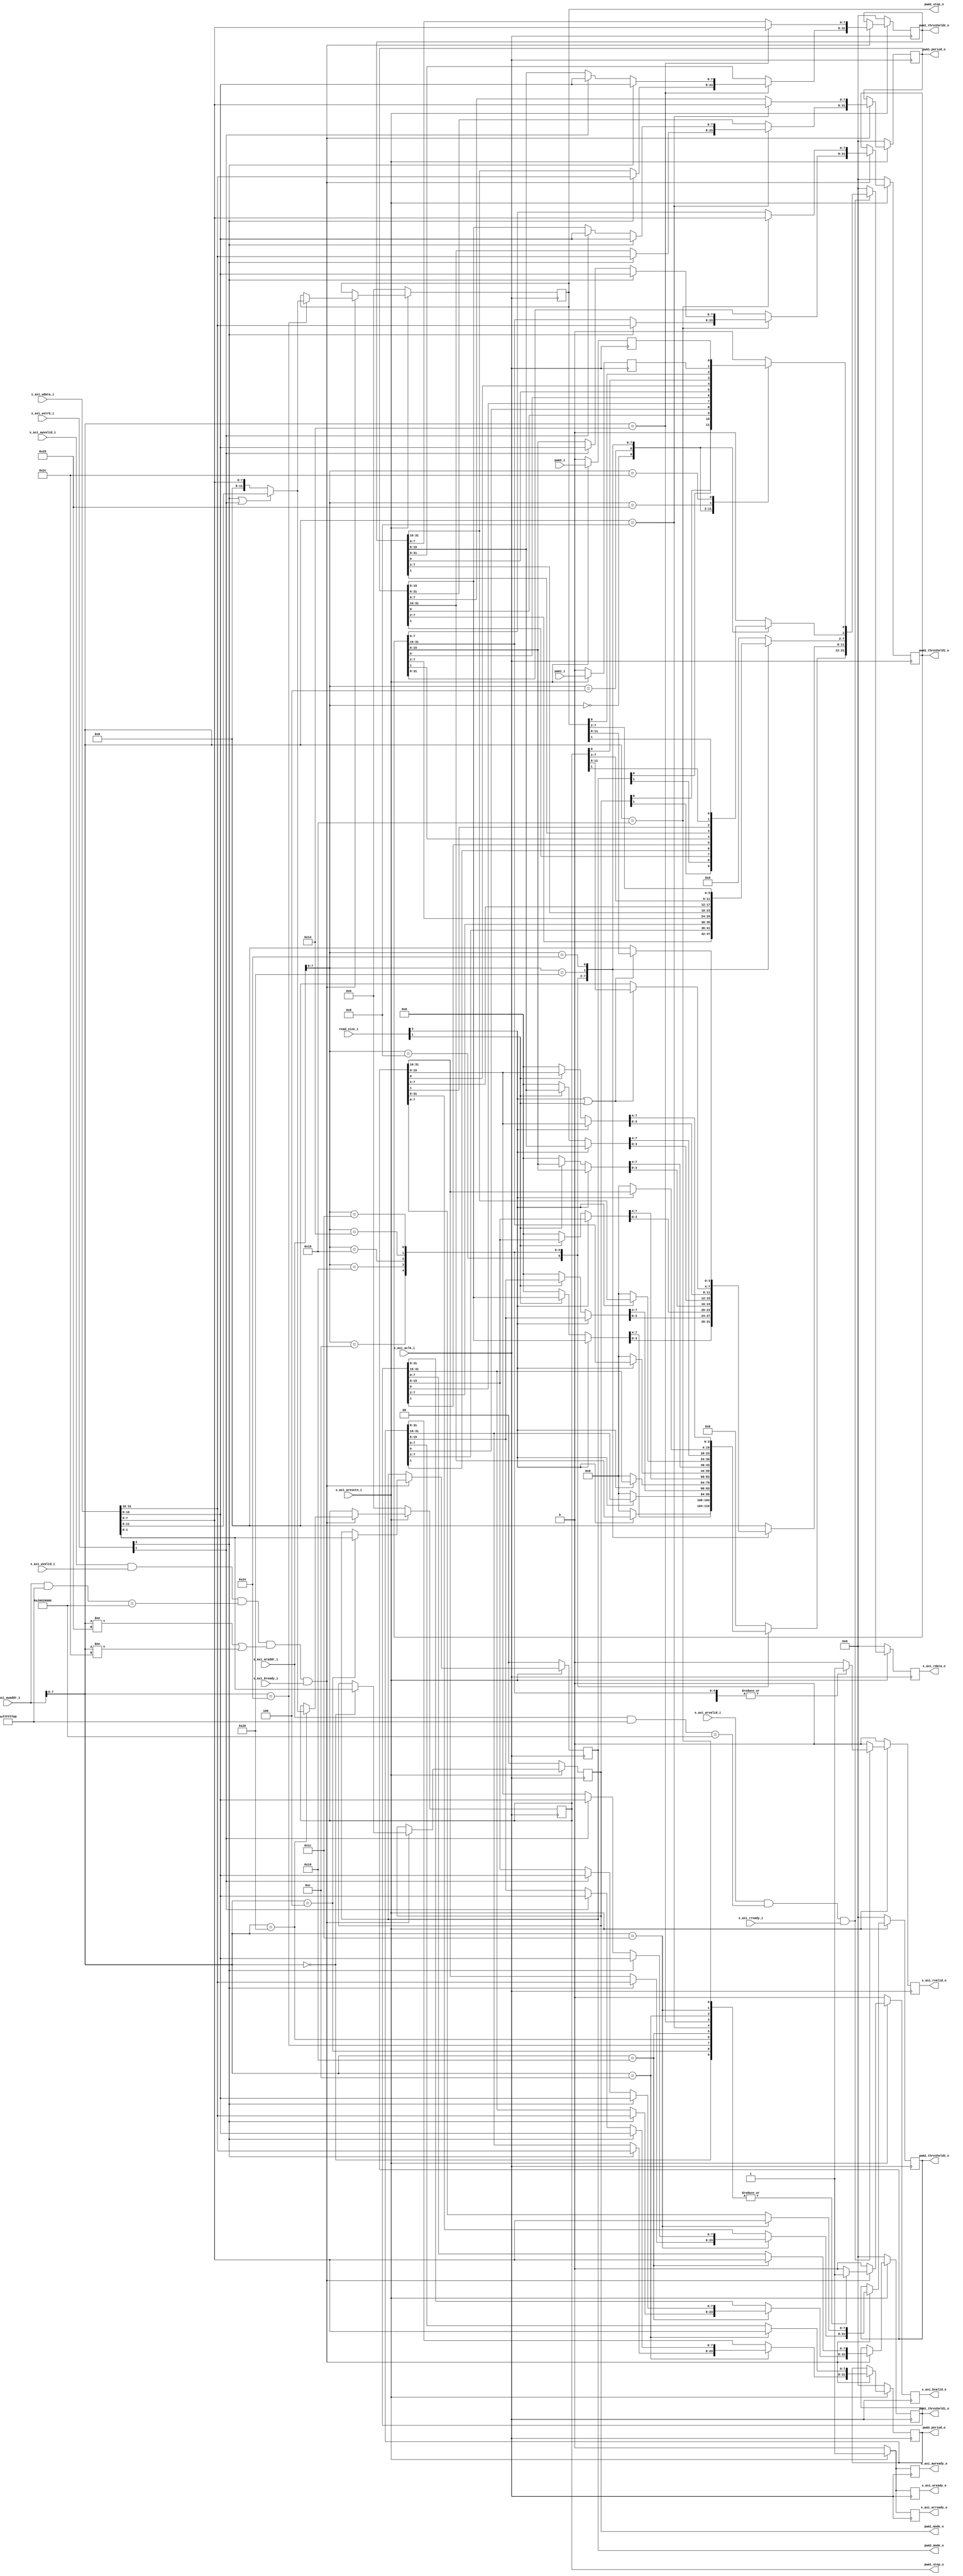
`timescale 1ns / 1ps

module axi_interface_pwm(
   input              s_axi_aclk_i, 
   input              s_axi_aresetn_i,
   
   //         READ SIGNALS 
   // ar -> address read (address in)
   // r  -> read (data out)
   input   [31:0]     s_axi_araddr_i,  
   output             s_axi_arready_o,  
   input              s_axi_arvalid_i, 
   
   input              s_axi_rready_i,
   output             s_axi_rvalid_o,
   output  [31:0]     s_axi_rdata_o, 
   
   //         WRITE SIGNALS
   // aw -> address write (address in)
   // w  -> write (data in)
   // b  -> response 
   
   input   [31:0]     s_axi_awaddr_i,
   output             s_axi_awready_o,
   input              s_axi_awvalid_i,
   input   [31:0]     s_axi_wdata_i,
   output             s_axi_wready_o,
   input   [3:0]      s_axi_wstrb_i,
   input              s_axi_wvalid_i,
   
   input              s_axi_bready_i,
   output             s_axi_bvalid_o,
   input   [3:0]      read_size_i,
   
   // PWM
   output  [1:0]      pwm1_mode_o, 
   output  [31:0]     pwm1_period_o,
   output  [31:0]     pwm1_threshold1_o, 
   output  [31:0]     pwm1_threshold2_o,
   output  [11:0]     pwm1_step_o,
   input              pwm1_i,
       
   output  [1:0]      pwm2_mode_o, 
   output  [31:0]     pwm2_period_o,
   output  [31:0]     pwm2_threshold1_o, 
   output  [31:0]     pwm2_threshold2_o,
   output  [11:0]     pwm2_step_o,
   input              pwm2_i

   );
    
   // OUTPUTS
   reg s_axi_arready_o_r      ;
   reg s_axi_rvalid_o_r       ;
   reg [31:0] s_axi_rdata_o_r ;
   reg s_axi_awready_o_r      ;
   reg s_axi_wready_o_r       ;
   reg s_axi_bvalid_o_r       ;
   
   assign s_axi_arready_o = s_axi_arready_o_r;
   assign s_axi_rvalid_o  = s_axi_rvalid_o_r;
   assign s_axi_rdata_o   = s_axi_rdata_o_r;
   assign s_axi_awready_o = s_axi_awready_o_r;
   assign s_axi_wready_o  = s_axi_wready_o_r;
   assign s_axi_bvalid_o  = s_axi_bvalid_o_r;

   // ADDRESS
   parameter [31:0] PWM_BASE_ADDR = 32'h2002_0000;
   parameter [31:0] PWM_MASK_ADDR = 32'h0000_00ff;
   
   // REGISTERS
   reg [1:0]     pwm_control_1        ; 
   reg [31:0]    pwm_period_1         ;
   reg [31:0]    pwm_threshold_1_1    ;
   reg [31:0]    pwm_threshold_1_2    ;
   reg [11:0]    pwm_step_1           ;
   reg           pwm_output_1         ;
   
   reg [1:0]     pwm_control_2        ; 
   reg [31:0]    pwm_period_2         ;
   reg [31:0]    pwm_threshold_2_1    ;
   reg [31:0]    pwm_threshold_2_2    ;
   reg [11:0]    pwm_step_2           ;
   reg           pwm_output_2         ;
   
   // STATES
   localparam state_pwm_control_1      = 8'b0000_0000;
   localparam state_pwm_control_2      = 8'b0000_0100;
   localparam state_pwm_period_1       = 8'b0000_1000;
   localparam state_pwm_period_2       = 8'b0000_1100;   
   localparam state_pwm_threshold_1_1  = 8'b0001_0000;
   localparam state_pwm_threshold_1_2  = 8'b0001_0100;
   
   localparam state_pwm_threshold_2_1  = 8'b0001_1000;
   localparam state_pwm_threshold_2_2  = 8'b0001_1100;   
   localparam state_pwm_step_1         = 8'b0010_0000;
   localparam state_pwm_step_2         = 8'b0010_0100;
   localparam state_pwm_output_1       = 8'b0010_1000;
   localparam state_pwm_output_2       = 8'b0010_1100;

   // Next signals
   reg [1:0]  pwm_control_1_next      ;
   reg [31:0] pwm_period_1_next       ;
   reg [31:0] pwm_threshold_1_1_next  ;
   reg [31:0] pwm_threshold_1_2_next  ;
   reg [11:0] pwm_step_1_next         ;
   reg        pwm_output_1_next       ;
      
   reg [1:0]  pwm_control_2_next      ;
   reg [31:0] pwm_period_2_next       ;
   reg [31:0] pwm_threshold_2_1_next  ;
   reg [31:0] pwm_threshold_2_2_next  ;
   reg [11:0] pwm_step_2_next         ;
   reg        pwm_output_2_next       ;
   
   
   // Outputs
   assign pwm1_mode_o       = pwm_control_1     ;
   assign pwm1_period_o     = pwm_period_1      ;    
   assign pwm1_threshold1_o = pwm_threshold_1_1 ;
   assign pwm1_threshold2_o = pwm_threshold_1_2 ;
   assign pwm1_step_o       = pwm_step_1        ;  
    
   assign pwm2_mode_o       = pwm_control_2     ;
   assign pwm2_period_o     = pwm_period_2      ;    
   assign pwm2_threshold1_o = pwm_threshold_2_1 ;
   assign pwm2_threshold2_o = pwm_threshold_2_2 ;
   assign pwm2_step_o       = pwm_step_2        ;           
           
   reg s_axi_arready_o_next       ;
   reg [31:0] s_axi_rdata_o_next  ;
   reg s_axi_awready_o_next       ;
   reg s_axi_wready_o_next        ;
   reg s_axi_bvalid_o_next        ;
   reg s_axi_rvalid_o_next        ;
    
   wire [7:0]   reg_addres_r;
   assign reg_addres_r = s_axi_araddr_i[7:0];
   
   wire [7:0]   reg_addres_w;
   assign reg_addres_w = s_axi_awaddr_i[7:0];
   
   // AXI HANDHSHAKE
   wire write_en;
   assign write_en = ((reg_addres_w!= state_pwm_output_1)||(reg_addres_w!= state_pwm_output_2) ); 
   wire r_adress_check;
   wire w_adress_check;
   assign r_adress_check = s_axi_arvalid_i & ((s_axi_araddr_i & ~PWM_MASK_ADDR) == PWM_BASE_ADDR); 
   assign w_adress_check = s_axi_awvalid_i &   s_axi_wvalid_i &  ((s_axi_awaddr_i & ~PWM_MASK_ADDR) == PWM_BASE_ADDR) & write_en;
    
   wire read_word;
   wire read_half;
   wire read_byte;
   
   assign read_word = read_size_i[3];
   assign read_half = read_size_i[1];
   assign read_byte = read_size_i[0];
   
   wire write_word;
   wire write_half;
   wire write_byte;
   
   assign write_word = s_axi_wstrb_i[3];
   assign write_half = s_axi_wstrb_i[1];
   assign write_byte = s_axi_wstrb_i[0];
    

   always @* begin
   
      s_axi_arready_o_next     = 1'b1;
      s_axi_rdata_o_next       = 32'd0;
      s_axi_awready_o_next     = 1'b1;
      s_axi_wready_o_next      = 1'b1;
      s_axi_bvalid_o_next      = 1'b0;
      s_axi_rvalid_o_next      = 1'b0;
      pwm_control_1_next       = pwm_control_1;
      pwm_period_1_next        = pwm_period_1;
      pwm_threshold_1_1_next   = pwm_threshold_1_1;
      pwm_threshold_1_2_next   = pwm_threshold_1_2;
      pwm_step_1_next          = pwm_step_1;
      pwm_output_1_next        = pwm1_i;
      
      pwm_control_2_next       = pwm_control_2;
      pwm_period_2_next        = pwm_period_2;
      pwm_threshold_2_1_next   = pwm_threshold_2_1;
      pwm_threshold_2_2_next   = pwm_threshold_2_2;
      pwm_step_2_next          = pwm_step_2;
      pwm_output_2_next        = pwm2_i;
      
      if(r_adress_check && s_axi_rready_i) begin

         case(reg_addres_r)
            state_pwm_control_1 : begin
               s_axi_rvalid_o_next     = 1'b1;
               s_axi_rdata_o_next[1:0] = pwm_control_1;
            end
   
            state_pwm_control_2 : begin
               s_axi_rvalid_o_next     = 1'b1;
               s_axi_rdata_o_next[1:0] = pwm_control_2;
            end
               
            state_pwm_period_1 : begin
               s_axi_rvalid_o_next    = 1'b1;
               s_axi_rdata_o_next[7:0] = pwm_period_1[7:0]; // read_byte kesin
                  
               if(read_word) begin
                  s_axi_rdata_o_next[31:8]    = pwm_period_1[31:8];
               end
               else if(read_half) begin
                  s_axi_rdata_o_next[15:8]    = pwm_period_1[15:8];
               end
            end
               
            state_pwm_period_2 : begin
               s_axi_rvalid_o_next    = 1'b1;
               s_axi_rdata_o_next[7:0] = pwm_period_2[7:0]; // read_byte kesin
               
               if(read_word) begin
                  s_axi_rdata_o_next[31:8]    = pwm_period_2[31:8];
               end
               else if(read_half) begin
                  s_axi_rdata_o_next[15:8]    = pwm_period_2[15:8];
               end
            end
               
            state_pwm_threshold_1_1 : begin
               s_axi_rvalid_o_next    = 1'b1;
               s_axi_rdata_o_next[7:0] = pwm_threshold_1_1[7:0]; // read_byte kesin
               
               if(read_word) begin
                  s_axi_rdata_o_next[31:8]    = pwm_threshold_1_1[31:8];
               end
               else if(read_half) begin
                  s_axi_rdata_o_next[15:8]    = pwm_threshold_1_1[15:8];
               end
            end
            
            state_pwm_threshold_2_1 : begin
               s_axi_rvalid_o_next    = 1'b1;
               s_axi_rdata_o_next[7:0] = pwm_threshold_2_1[7:0]; // read_byte kesin
               
               if(read_word) begin
                  s_axi_rdata_o_next[31:8]    = pwm_threshold_2_1[31:8];
               end
               else if(read_half) begin
                  s_axi_rdata_o_next[15:8]    = pwm_threshold_2_1[15:8];
               end
            end
               
            state_pwm_threshold_1_2 : begin
               s_axi_rvalid_o_next   = 1'b1;
               s_axi_rdata_o_next[7:0] = pwm_threshold_1_2[7:0]; // read_byte kesin
               
               if(read_word) begin
                  s_axi_rdata_o_next[31:8]    = pwm_threshold_1_2[31:8];
               end
               else if(read_half) begin
                  s_axi_rdata_o_next[15:8]    = pwm_threshold_1_2[15:8];
               end
            end
            
            state_pwm_threshold_2_2 : begin
               s_axi_rvalid_o_next   = 1'b1;
               s_axi_rdata_o_next[7:0] = pwm_threshold_2_2[7:0]; // read_byte kesin
               
               if(read_word) begin
                  s_axi_rdata_o_next[31:8]    = pwm_threshold_2_2[31:8];
               end
               else if(read_half) begin
                  s_axi_rdata_o_next[15:8]    = pwm_threshold_2_2[15:8];
               end
            end
            
            state_pwm_step_1 : begin
               s_axi_rvalid_o_next     = 1'b1;
               
               if(read_word || read_half) begin
                  s_axi_rdata_o_next[11:0] = pwm_step_1;
               end
               else begin // read_byte
                  s_axi_rdata_o_next[7:0] = pwm_step_1;
               end
            end
            
            state_pwm_step_2 : begin
               s_axi_rvalid_o_next     = 1'b1;
               
               if(read_word || read_half) begin
                  s_axi_rdata_o_next[11:0] = pwm_step_2;
               end
               else begin // read_byte
                  s_axi_rdata_o_next[7:0] = pwm_step_2;
               end
            end
            
            state_pwm_output_1 : begin
               s_axi_rvalid_o_next     = 1'b1;
               s_axi_rdata_o_next[0]     = pwm_output_1;
            end
            
            state_pwm_output_2 : begin
               s_axi_rvalid_o_next     = 1'b1;
               s_axi_rdata_o_next[0]     = pwm_output_2;
            end
            
            default : begin
               s_axi_rvalid_o_next = 1'b0;
            end

         endcase
      end
     
      if(w_adress_check && s_axi_bready_i)begin
         
         case(reg_addres_w)
            state_pwm_control_1 : begin
               s_axi_bvalid_o_next = 1'b1;
               pwm_control_1_next = s_axi_wdata_i[1:0];
            end
            
            state_pwm_control_2 : begin
               s_axi_bvalid_o_next = 1'b1;
               pwm_control_2_next = s_axi_wdata_i[1:0];
            end
              
            state_pwm_period_1 : begin
               s_axi_bvalid_o_next = 1'b1;
               pwm_period_1_next[7:0] = s_axi_wdata_i[7:0];
               if(write_word) begin
                  pwm_period_1_next[31:8]  = s_axi_wdata_i[31:8];
               end
               else if(write_half) begin
                  pwm_period_1_next[15:8]  = s_axi_wdata_i[15:8];
               end
            end
            
            state_pwm_period_2 : begin
               s_axi_bvalid_o_next = 1'b1;
               pwm_period_2_next[7:0] = s_axi_wdata_i[7:0];
               if(write_word) begin
                  pwm_period_2_next[31:8]  = s_axi_wdata_i[31:8];
               end
               else if(write_half) begin
                  pwm_period_2_next[15:8]  = s_axi_wdata_i[15:8];
               end
            end
                  
            state_pwm_threshold_1_1 : begin
               s_axi_bvalid_o_next = 1'b1;
               pwm_threshold_1_1_next[7:0] = s_axi_wdata_i[7:0];
               if(write_word) begin
                  pwm_threshold_1_1_next[31:8]  = s_axi_wdata_i[31:8];
               end
               else if(write_half) begin
                  pwm_threshold_1_1_next[15:8]  = s_axi_wdata_i[15:8];
               end
            end
            
            state_pwm_threshold_2_1 : begin
               s_axi_bvalid_o_next = 1'b1;
               pwm_threshold_2_1_next[7:0] = s_axi_wdata_i[7:0];
               if(write_word) begin
                  pwm_threshold_2_1_next[31:8]  = s_axi_wdata_i[31:8];
               end
               else if(write_half) begin
                  pwm_threshold_2_1_next[15:8]  = s_axi_wdata_i[15:8];
               end
            end
                
            state_pwm_threshold_1_2 : begin
               s_axi_bvalid_o_next = 1'b1;
               pwm_threshold_1_2_next[7:0] = s_axi_wdata_i[7:0];
               if(write_word) begin
                  pwm_threshold_1_2_next[31:8]  = s_axi_wdata_i[31:8];
               end
               else if(write_half) begin
                  pwm_threshold_1_2_next[15:8]  = s_axi_wdata_i[15:8];
               end
            end
                  
            state_pwm_threshold_2_2 : begin
               s_axi_bvalid_o_next = 1'b1;
               pwm_threshold_2_2_next[7:0] = s_axi_wdata_i[7:0];
               if(write_word) begin
                  pwm_threshold_2_2_next[31:8]  = s_axi_wdata_i[31:8];
               end
               else if(write_half) begin
                  pwm_threshold_2_2_next[15:8]  = s_axi_wdata_i[15:8];
               end
            end
            
            state_pwm_step_1 : begin
               s_axi_bvalid_o_next = 1'b1;
               if(write_word || write_half) begin
                  pwm_step_1_next = s_axi_wdata_i[11:0];
               end
               else begin // write_byte
                  pwm_step_1_next = s_axi_wdata_i[7:0];
               end
            end
            
            state_pwm_step_2 : begin
               s_axi_bvalid_o_next = 1'b1;
               if(write_word || write_half) begin
                  pwm_step_2_next = s_axi_wdata_i[11:0];
               end
               else begin // write_byte
                  pwm_step_2_next = s_axi_wdata_i[7:0];
               end     
            end
                     
            default : begin
               s_axi_bvalid_o_next = 1'b0;
            end

         endcase
      end
   end
   
   always @(posedge s_axi_aclk_i) begin
      if(!s_axi_aresetn_i)begin // s_axi_aresetn_i == 0 ise resetlenecek
         s_axi_arready_o_r   <= 1'b0;
         s_axi_rdata_o_r     <= 32'd0;
         s_axi_awready_o_r   <= 32'd0;
         s_axi_wready_o_r    <= 1'b0;
         s_axi_bvalid_o_r    <= 1'b0;
         s_axi_rvalid_o_r    <= 1'b0;

         pwm_control_1       <= 2'd0;
         pwm_period_1        <= 32'd0;
         pwm_threshold_1_1   <= 32'd0;
         pwm_threshold_1_2   <= 32'd0;
         pwm_step_1          <= 12'd0;
         pwm_output_1        <= 1'b0;
      end    

      else begin
         s_axi_arready_o_r   <= s_axi_arready_o_next;
         s_axi_rdata_o_r     <= s_axi_rdata_o_next;
         s_axi_awready_o_r   <= s_axi_awready_o_next;
         s_axi_wready_o_r    <= s_axi_wready_o_next;
         s_axi_rvalid_o_r    <= s_axi_rvalid_o_next;
         s_axi_bvalid_o_r    <= s_axi_bvalid_o_next;
         pwm_control_1       <= pwm_control_1_next;
         pwm_period_1        <= pwm_period_1_next;
         pwm_threshold_1_1   <= pwm_threshold_1_1_next;
         pwm_threshold_1_2   <= pwm_threshold_1_2_next;
         pwm_step_1          <= pwm_step_1_next;
         pwm_output_1        <= pwm_output_1_next;
               
      end
   end

   // PWM 2 ICIN
   always @(posedge s_axi_aclk_i) begin // s_axi_aresetn_i == 0 ise resetlenecek
      if(!s_axi_aresetn_i)begin              
         pwm_control_2        <= 2'd0;
         pwm_period_2         <= 32'd0;
         pwm_threshold_2_1    <= 32'd0;
         pwm_threshold_2_2    <= 32'd0;
         pwm_step_2           <= 12'd0;
         pwm_output_2         <= 1'b0;
      end    
      else begin
         pwm_control_2        <= pwm_control_2_next;
         pwm_period_2         <= pwm_period_2_next;
         pwm_threshold_2_1    <= pwm_threshold_2_1_next;
         pwm_threshold_2_2    <= pwm_threshold_2_2_next;
         pwm_step_2           <= pwm_step_2_next;
         pwm_output_2         <= pwm_output_2_next;
      end
   end
   

endmodule